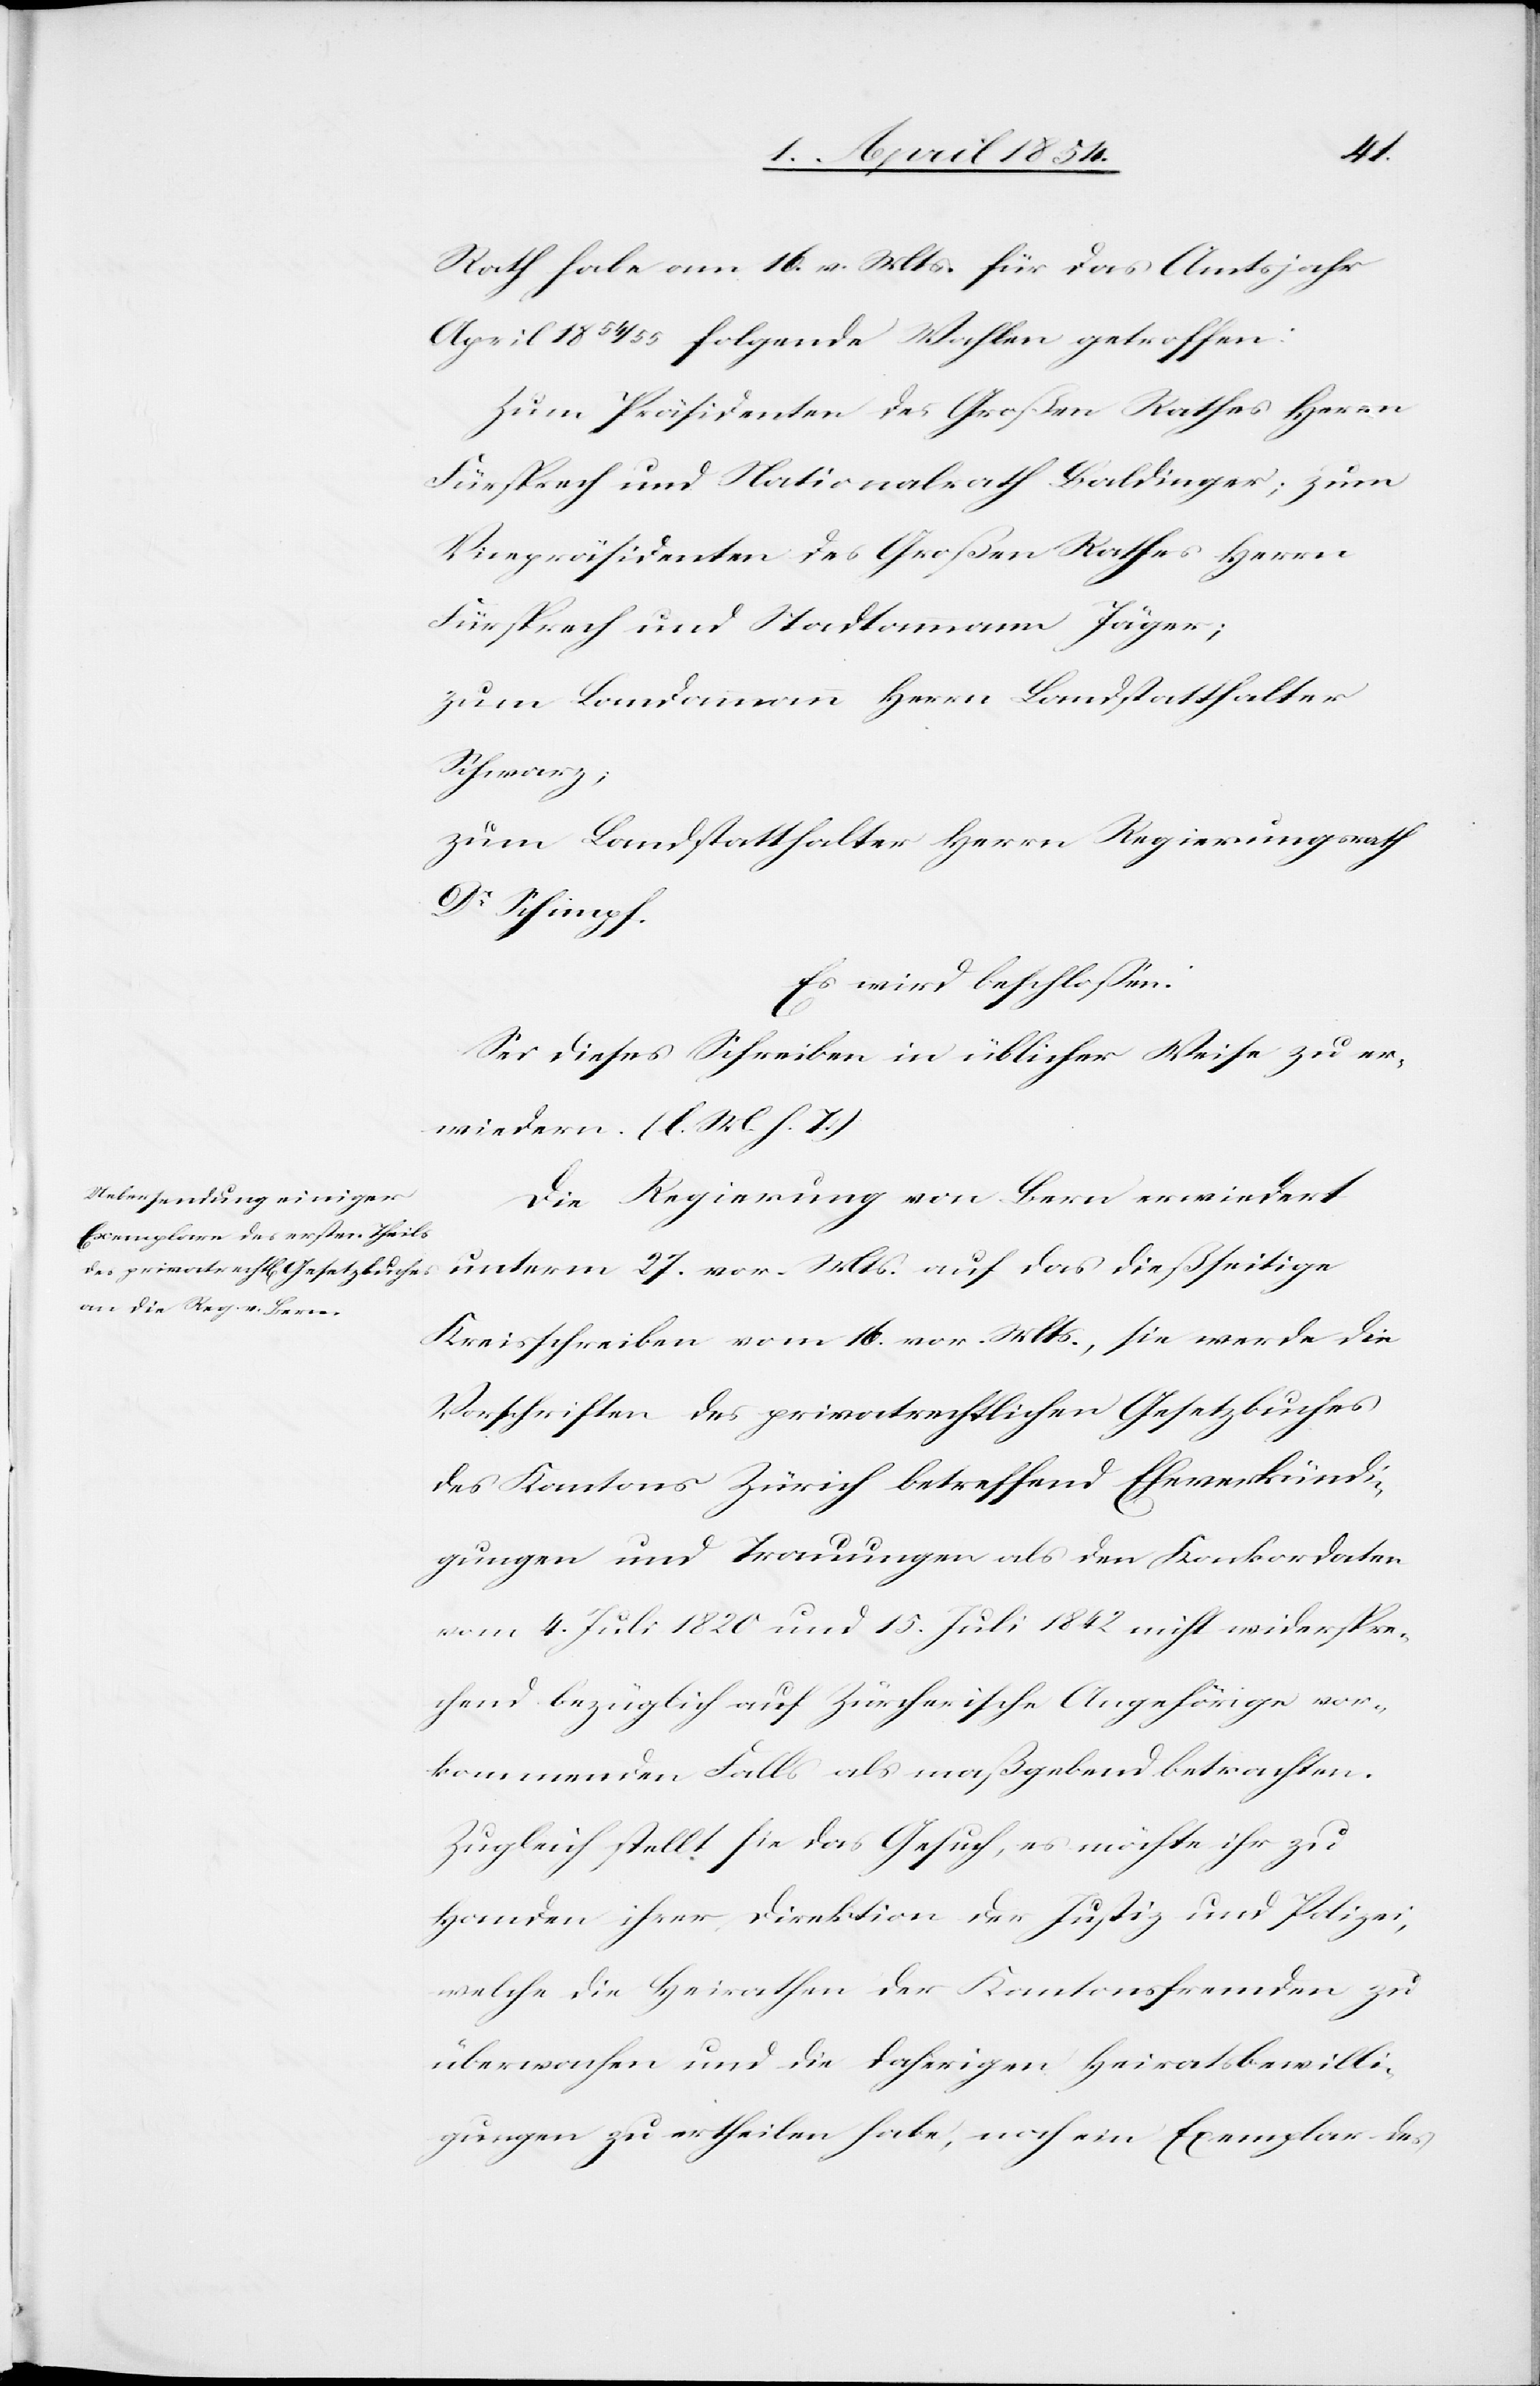
Rath habe am 16. v. Mts. für das Amtsjahr
April 1854/55 folgende Wahlen getroffen:
Zum Präsidenten des Großen Rathes Herrn
Fürsprech und Nationalrath Baldinger; zum
Vicepräsidenten des Großen Rathes Herrn
Fürsprech und Stadtammann Jäger;
zum Landammann Herrn Landstatthalter
Schwarz;
zum Landstatthalter Herrn Regierungsrath
Dr Schimpf.
Es wird beschloßen:
Sei dieses Schreiben in üblicher Weise zu er¬
wiedern. (l. M. h. T.)
Die Regierung von Bern erwiedert
unterm 27. vor. Mts. auf das dießseitige
Kreisschreiben vom 16. vor. Mts, sie werde die
Vorschriften des privatrechtlichen Gesetzbuches
des Kantons Zürich betreffend Eheverkündi¬
gungen und Trauungen als den Konkordaten
vom 4. Juli 1820 und 15. Juli 1842 nicht widerspre¬
chend bezüglich auf Zürcherische Angehörige vor¬
kommenden Falls als maßgebend betrachten.
Zugleich stellt sie das Gesuch, es möchte ihr zu
Handen ihrer Direktion der Justiz und Polizei,
welche die Heirathen der Kantonsfremden zu
überwachen und die daherigen Heiratsbewilli¬
gungen zu ertheilen habe, noch ein Exemplar des